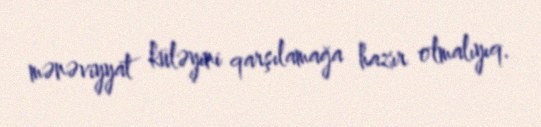
mənəviyyat küləyini qarşılamağa hazır olmalıyıq.